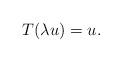
LaTeX: \begin{align*}T(\lambda u)=u.\end{align*}